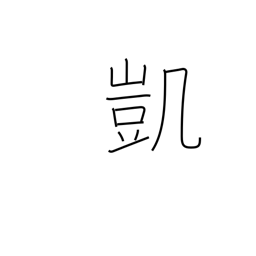
Meaning: victory song